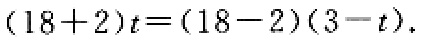
\((18 + 2)t=(18 - 2)(3 - t)\)